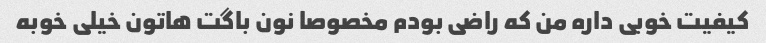
کیفیت خوبی داره من که راضی بودم مخصوصا نون باگت هاتون خیلی خوبه